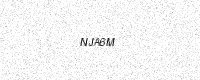
Text: NJA6M